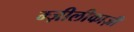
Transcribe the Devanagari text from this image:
म्ज़ीलीकाज़ी